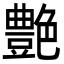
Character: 艶